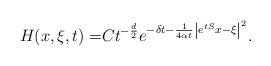
LaTeX: \begin{align*} H(x,\xi,t) =& Ct^{-\frac{d}{2}}e^{-\delta t-\frac{1}{4\alpha t}\left|e^{tS}x-\xi\right|^2}. \end{align*}